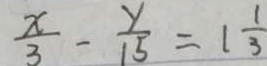
\frac { x } { 3 } - \frac { y } { 1 5 } = 1 \frac { 1 } { 3 }